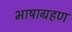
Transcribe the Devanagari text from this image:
भाषाग्रहण